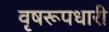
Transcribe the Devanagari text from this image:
वृषरूपधारी